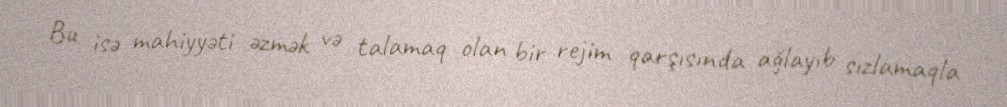
Bu isə mahiyyəti əzmək və talamaq olan bir rejim qarşısında ağlayıb sızlamaqla